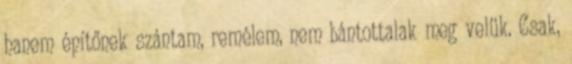
hanem építőnek szántam, remélem, nem bántottalak meg velük. Csak,